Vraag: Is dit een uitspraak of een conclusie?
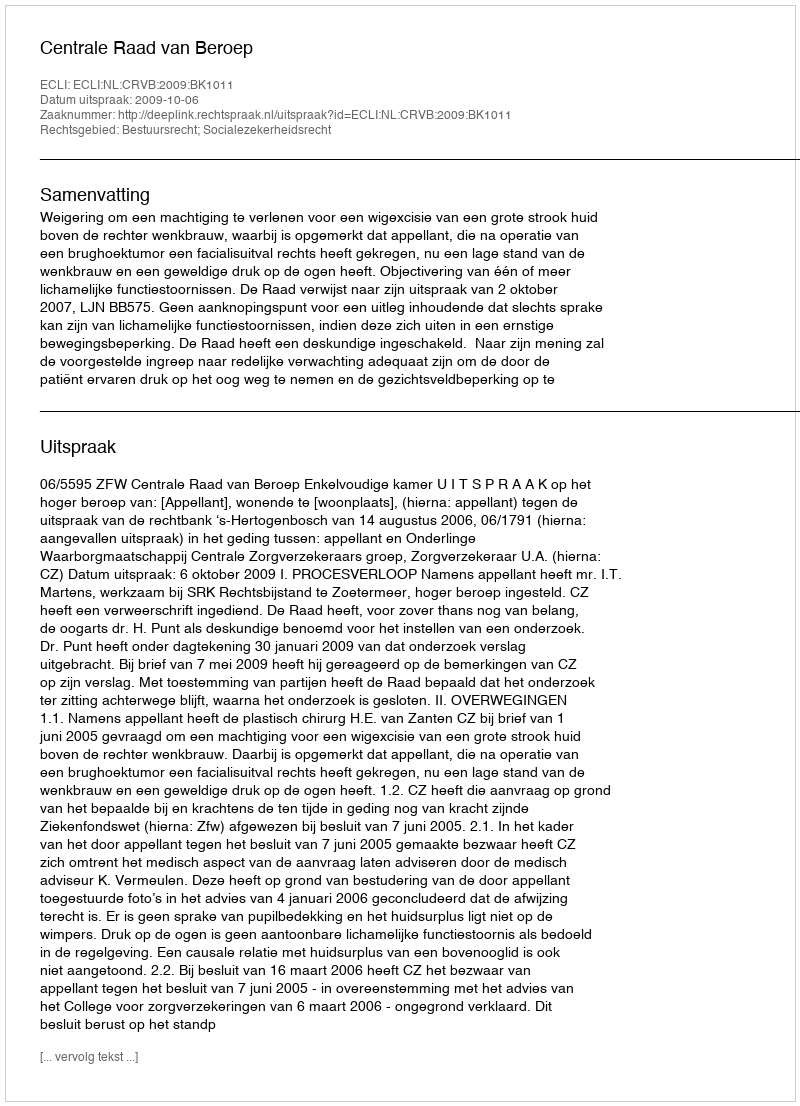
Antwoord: Uitspraak